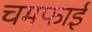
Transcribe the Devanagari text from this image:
चमफाई